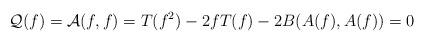
LaTeX: \begin{align*}\mathcal{Q}(f) = \mathcal{A}(f, f)= T(f^{2})-2fT(f)-2B(A(f), A(f))=0\end{align*}